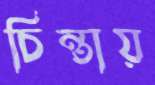
চিন্তায়